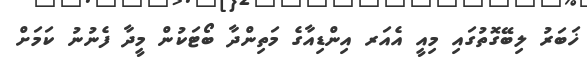
ޚަބަރު ލިބޭގޮތުގައި މިއީ އެއަރ އިންޑިއާގެ މަތިންދާ ބޯޓަކުން މީދާ ފެނުނު ކަމަށް